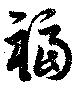
福